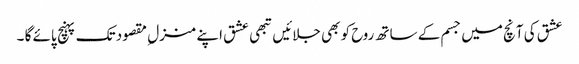
عشق کی آنچ میں جسم کے ساتھ روح کو بھی جلائیں تبھی عشق اپنے منزل ِ مقصود تک پہنچ پائے گا ۔